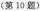
(第10题)